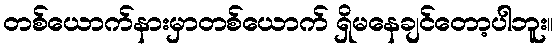
တစ်ယောက်နားမှာတစ်ယောက် ရှိမနေချင်တော့ပါဘူး။